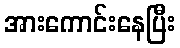
အားကောင်းနေပြီး